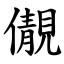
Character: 儬